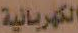
الكهربائية